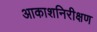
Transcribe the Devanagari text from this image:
आकाशनिरीक्षण